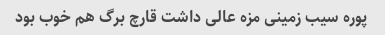
پوره سیب زمینی مزه عالی داشت قارچ برگ هم خوب بود